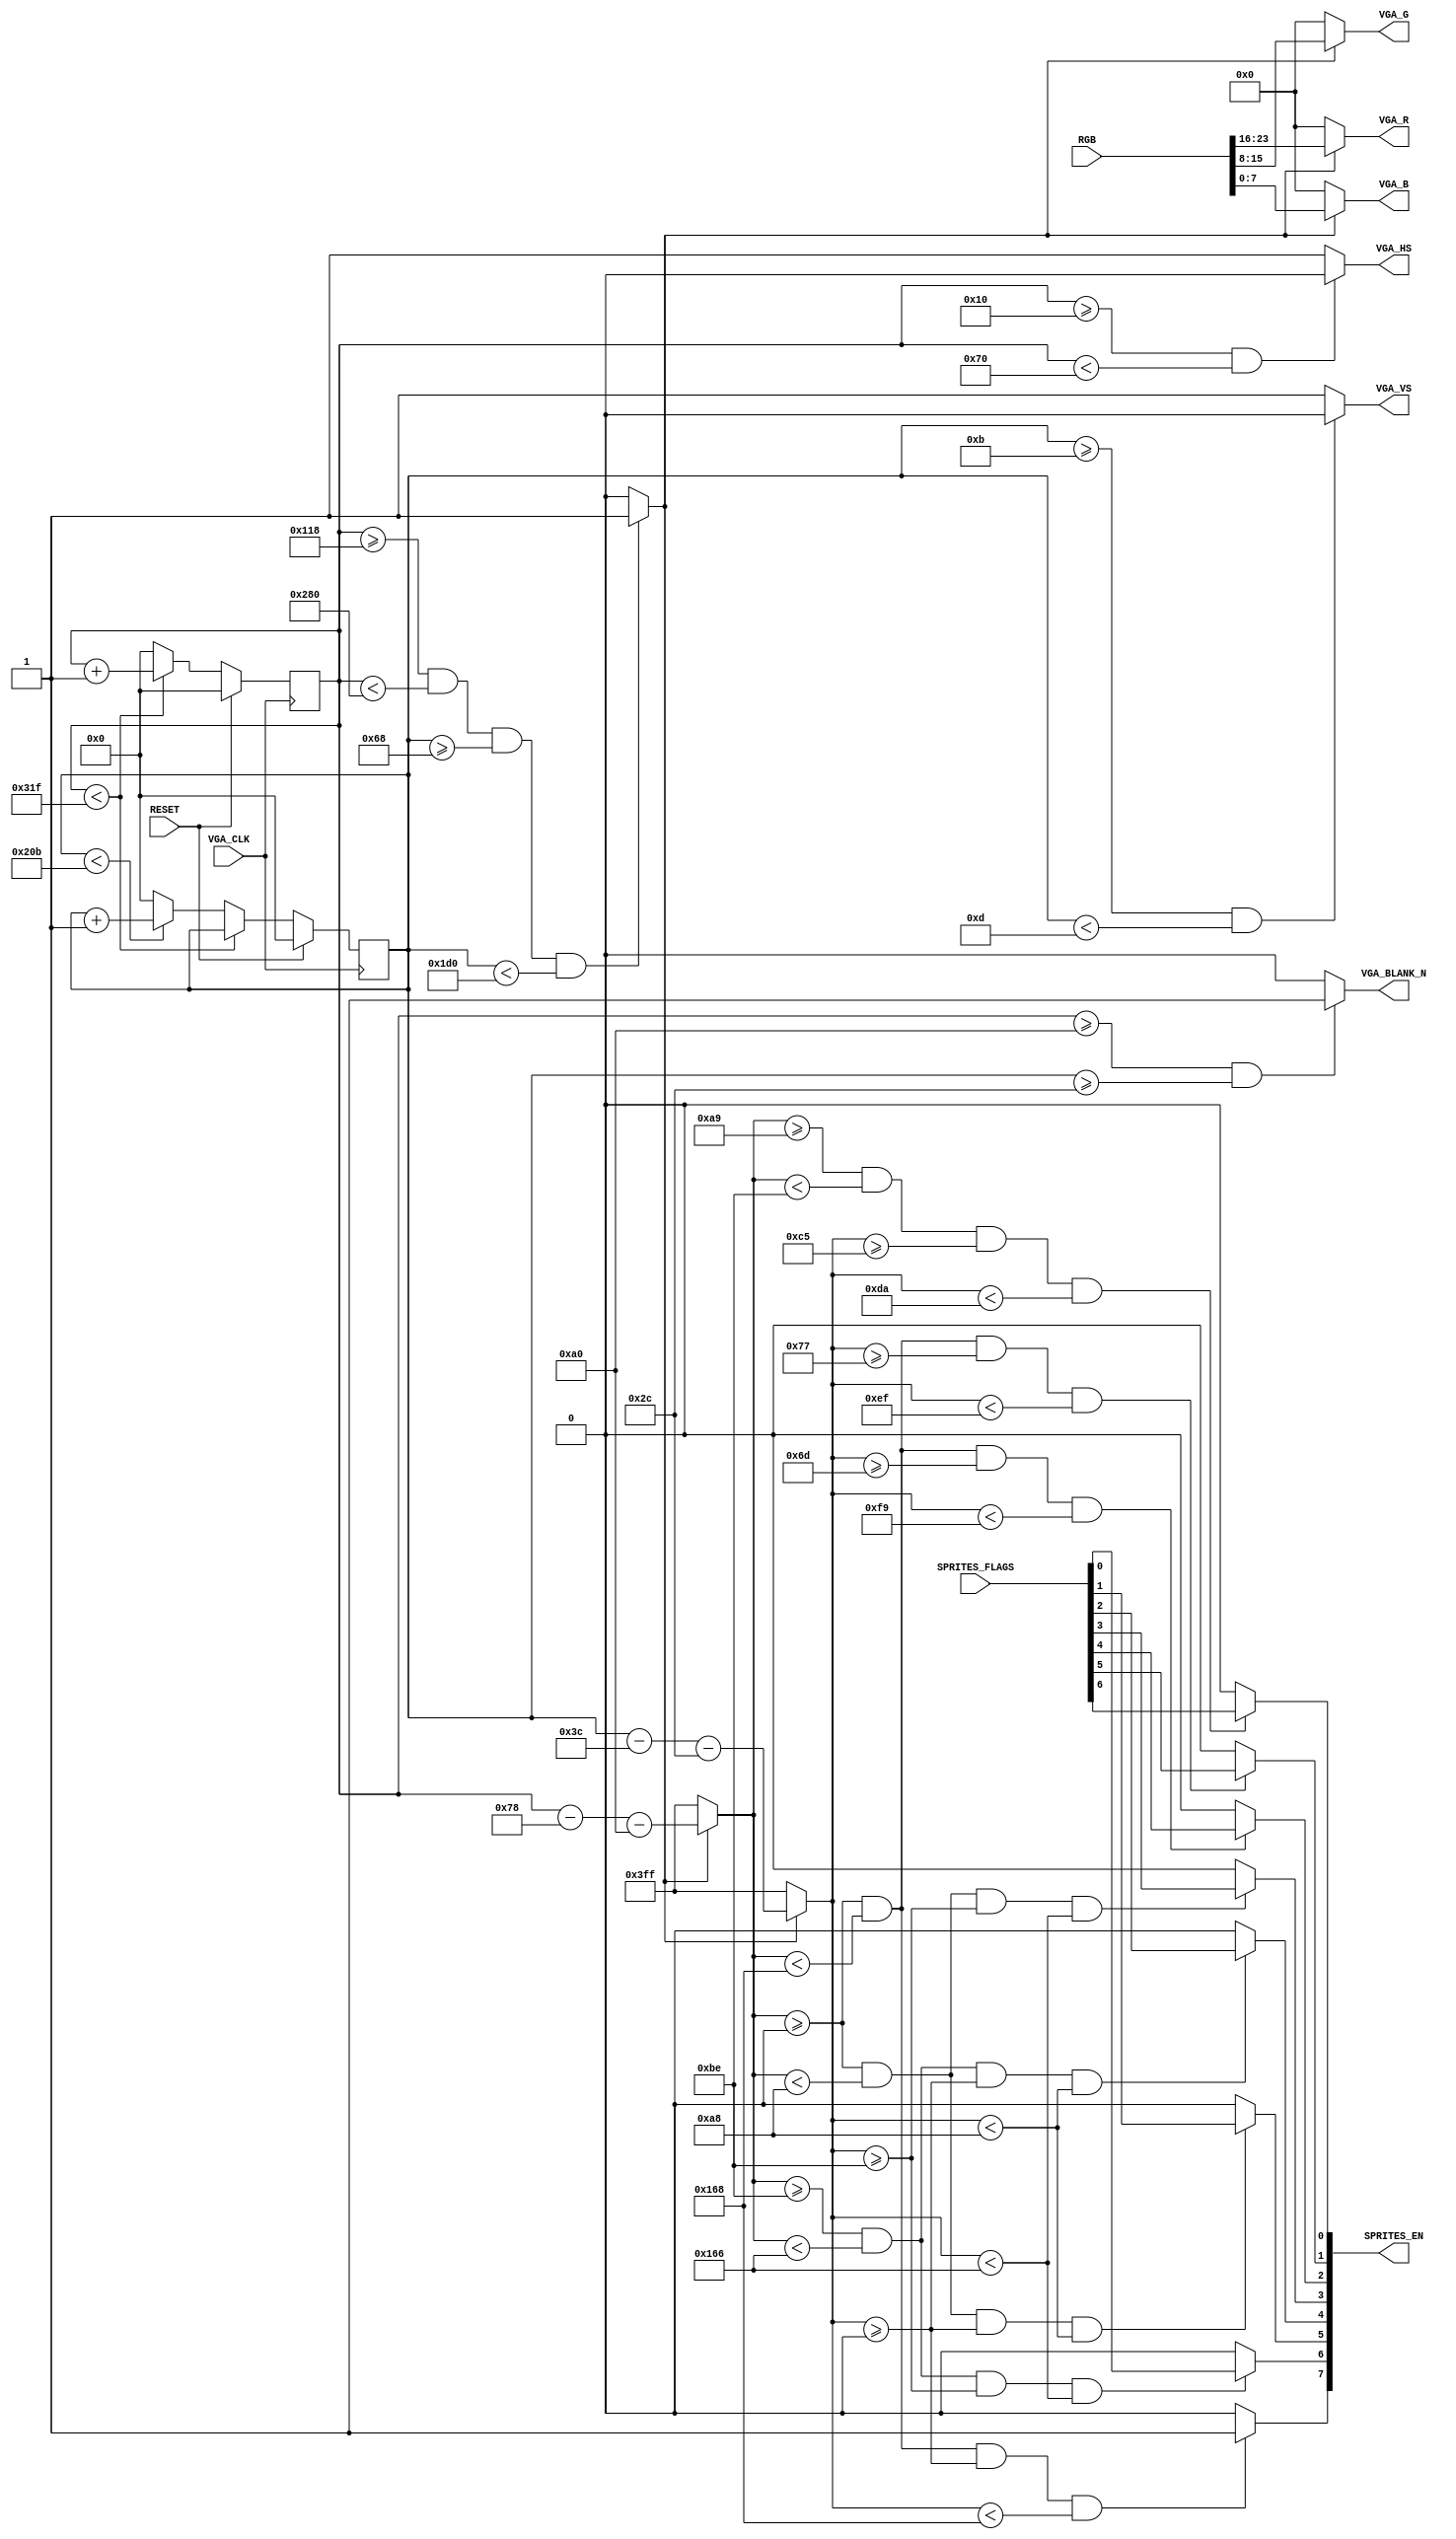
module VGA_controller
(
  // VGA I/O.
  input  VGA_CLK,             // VGA clock.
  input  RESET,               // Reset.
  input  [23:0] RGB,          // PIXEL

  output VGA_HS,              // Horizontal sync out.
  output VGA_VS,              // Vertical sync out.
  output VGA_BLANK_N,         // Active video signal.

  output [7:0] VGA_R,         // Red video signal.
  output [7:0] VGA_G,         // Green video signal.
  output [7:0] VGA_B,         // Blue video signal.

  // Game I/O
  input [6:0] SPRITES_FLAGS,  // Flags for 7 sprites
  output [7:0] SPRITES_EN     // Flags for all 8 sprites
);

// VGA timings:
//
// ________|        VIDEO         |________| VIDEO (next line)
//     |-C-|----------D-----------|-E-|
// __   ______________________________   ___________
//   |_|                              |_|
//   |B|
//   |---------------A----------------|
// A - Line/frame time    (H_PIXELS or V_LINES)
// B - Sync pulse lenght  (H_SYNC or V_SYNC) VGA_HS and VGA_VS = 0
// C - Back porch         (H_BPORCH or V_BPORCH)
// D - Active video time  (VGA_BLANK_N = 0)
// E - Front porch        (H_FPORCH or V_FPORCH)


// [*User-Defined_mode,(640X480)]
// https://www.epanorama.net/faq/vga2rgb/calc.html
// PIXEL_CLK        =   25170 // 25.17MHz
// H_DISP           =   640   // Horizontal display
// H_FPORCH         =   16    // Front porch horizontal
// H_SYNC           =   96    // Pulse width horizontal
// H_BPORCH         =   48    // Back porch horizontal
// V_DISP           =   480   // Vertical display
// V_FPORCH         =   11    // Front porch vertical
// V_SYNC           =   2     // Pulse width vertical
// V_BPORCH         =   31    // Back porch vertical
// Video structure constants.
parameter H_DISP    = 640;                      // Width of visible pixels.
parameter H_FPORCH  = 16;                       // Horizontal front porch length.
parameter H_SYNC    = 96;                       // Hsync pulse length.
parameter H_BPORCH  = 48;                       // Horizontal back porch length.
parameter V_DISP    = 480;                      // Height of visible lines.
parameter V_FPORCH  = 11;                       // Vertical front porch length.
parameter V_SYNC    = 2;                        // Vsync pulse length.
parameter V_BPORCH  = 31;                       // Vertical back porch length.

parameter H_OFF = H_FPORCH + H_SYNC + H_BPORCH; // Off pixels in one line.
parameter V_OFF = V_FPORCH + V_SYNC + V_BPORCH; // Off lines in one frame.
parameter H_PIXELS = H_OFF + H_DISP;            // Total pixels in one line.
parameter V_LINES = V_OFF + V_DISP;             // Total lines in one frame.

// Background size and position.
parameter BACKGROUND_HS = 360;    // Horizontal size.
parameter BACKGROUND_VS = 360;    // Vertical size.
parameter BACKGROUND_X =  120;    // Horizontal start position in the screen.
parameter BACKGROUND_Y =  60;     // Vertical start position in the screen.

// Blue button ok
parameter BLUE_HS = 168;
parameter BLUE_VS = 168;
parameter BLUE_X =  190;
parameter BLUE_Y =  190;

// Green button ok
parameter GREEN_HS = 168;
parameter GREEN_VS = 168;
parameter GREEN_X =  0;
parameter GREEN_Y =  0;

// Red button ok
parameter RED_HS = 168;
parameter RED_VS = 168;
parameter RED_X =  190;
parameter RED_Y =  0;

// Yellow button ok
parameter YELLOW_HS = 168;
parameter YELLOW_VS = 168;
parameter YELLOW_X =  0;
parameter YELLOW_Y =  190;

// Lose button
parameter LOSE_HS = 360;
parameter LOSE_VS = 140;
parameter LOSE_X =  0;
parameter LOSE_Y =  109;

// Win button
parameter WIN_HS = 360;
parameter WIN_VS = 120;
parameter WIN_X =  0;
parameter WIN_Y =  119;

// Power button ok
parameter PWR_HS = 21;
parameter PWR_VS = 21;
parameter PWR_X =  169;
parameter PWR_Y =  197;

// Registers for storing the horizontal & vertical counters.
reg [9:0] h_c;
reg [9:0] v_c;
wire [9:0] X;         // X coordinate.
wire [9:0] Y;         // Y coordinate.

wire DISP_EN, BACKGROUND_EN, BLUE_EN, GREEN_EN, RED_EN, YELLOW_EN, LOSE_EN, WIN_EN, PWR_EN;

// Counting pixels.
always @(posedge VGA_CLK)
begin
  if (RESET)
  begin
    h_c <= 0;
    v_c <= 0;
  end else 
  begin
    if (h_c < H_PIXELS - 1)
      h_c <= h_c + 1;
    else
    begin
      h_c <= 0;

      if (v_c < V_LINES - 1)
        v_c <= v_c + 1;
      else
        v_c <= 0;
    end
  end
end

// Generate sync pulses (active low)
assign VGA_HS = (h_c >= H_FPORCH && h_c < H_FPORCH + H_SYNC)? 0:1;
assign VGA_VS = (v_c >= V_FPORCH && v_c < V_FPORCH + V_SYNC)? 0:1;
// Generate inactive video signal (active low), blanking the screen.
assign VGA_BLANK_N = (h_c >= H_OFF && v_c >= V_OFF)? 1:0;

assign DISP_EN = (h_c >= BACKGROUND_X + H_OFF && 
                  h_c < BACKGROUND_X + H_OFF + BACKGROUND_HS &&
                  v_c >= BACKGROUND_Y + V_OFF &&
                  v_c < BACKGROUND_Y + V_OFF + BACKGROUND_VS)? 1:0;

assign X = (DISP_EN)? h_c - BACKGROUND_X - H_OFF : -1;
assign Y = (DISP_EN)? v_c - BACKGROUND_Y - V_OFF : -1;

// Assign the flags for the display of the buttons
assign BACKGROUND_EN = (X >= 0 && X < BACKGROUND_HS &&
                        Y >= 0 && Y < BACKGROUND_VS)? 1:0;

assign BLUE_EN = (X >= BLUE_X &&
                  X < BLUE_X + BLUE_HS &&
                  Y >= BLUE_Y &&
                  Y < BLUE_Y + BLUE_VS)? SPRITES_FLAGS[0]:0;

assign GREEN_EN = (X >= GREEN_X &&
                   X < GREEN_X + GREEN_HS &&
                   Y >= GREEN_Y &&
                   Y < GREEN_Y + GREEN_VS)? SPRITES_FLAGS[1]:0;

assign RED_EN = (X >= RED_X &&
                 X < RED_X + RED_HS &&
                 Y >= RED_Y &&
                 Y < RED_Y + RED_VS)? SPRITES_FLAGS[2]:0;

assign YELLOW_EN = (X >= YELLOW_X &&
                    X < YELLOW_X + YELLOW_HS &&
                    Y >= YELLOW_Y &&
                    Y < YELLOW_Y + YELLOW_VS)? SPRITES_FLAGS[3]:0;

assign LOSE_EN = (X >= LOSE_X &&
                  X < LOSE_X + LOSE_HS &&
                  Y >= LOSE_Y &&
                  Y < LOSE_Y + LOSE_VS)? SPRITES_FLAGS[4]:0;

assign WIN_EN = (X >= WIN_X &&
                 X < WIN_X + WIN_HS &&
                 Y >= WIN_Y &&
                 Y < WIN_Y + WIN_VS)? SPRITES_FLAGS[5]:0;

assign PWR_EN = (X >= PWR_X &&
                 X < PWR_X + PWR_HS &&
                 Y >= PWR_Y &&
                 Y < PWR_Y + PWR_VS)? SPRITES_FLAGS[6]:0;

assign SPRITES_EN = {BACKGROUND_EN, BLUE_EN, GREEN_EN, RED_EN, YELLOW_EN, LOSE_EN, WIN_EN, PWR_EN};
assign VGA_R = (DISP_EN)?  RGB[23:16] : 0;
assign VGA_G = (DISP_EN)?  RGB[15:8]  : 0;
assign VGA_B = (DISP_EN)?  RGB[7:0]   : 0;

endmodule